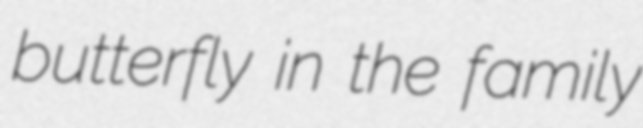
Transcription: butterfly in the family